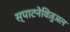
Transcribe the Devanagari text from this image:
स्पाटनेविज़ुअल